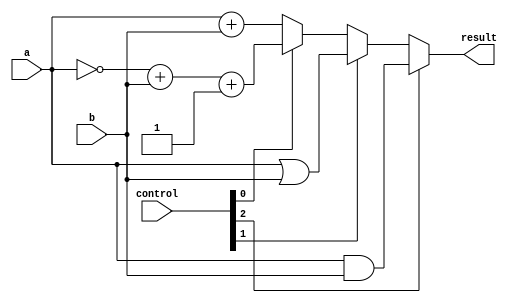
module alu (
    input wire a,
    input wire b,
    input wire [2:0] control,
    output wire result
);

assign result = (control[2]) ? (a & b) : // AND operation
               (control[1]) ? (a | b) : // OR operation
               (control[0]) ? (~a + b + 1) : // subtraction operation
                             (a + b);      // addition operation

endmodule